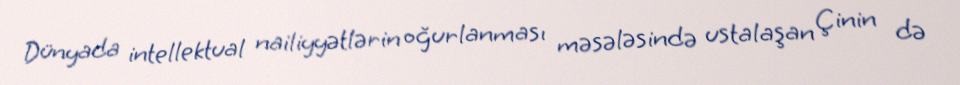
Dünyada intellektual nailiyyətlərin oğurlanması məsələsində ustalaşan Çinin də